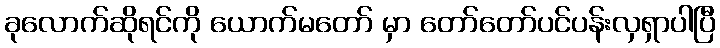
ခုလောက်ဆိုရင်ကို ယောက်မတော် မှာ တော်တော်ပင်ပန်းလှရှာပါပြီ